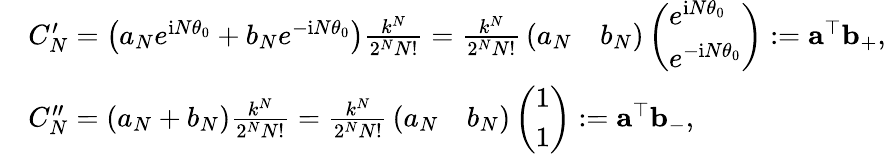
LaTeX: \begin{array}{rl}&{C_{N}^{\prime}=\left({a_{N}}{e^{\mathrm{i}N\theta_{0}}}+{b_{N}}{e^{-\mathrm{i}N\theta_{0}}}\right){\frac{{{k^{N}}}}{{{2^{N}}N!}}}={\frac{{{k^{N}}}}{{{2^{N}}N!}}}\left(\begin{array}{ll}{a_{N}}&{b_{N}}\end{array}\right)\left(\begin{array}{l}{e^{\mathrm{i}N\theta_{0}}}\\ {e^{-\mathrm{i}N\theta_{0}}}\end{array}\right):=\mathbf a^{\top}\mathbf b_{+},}\\ &{C_{N}^{\prime\prime}=\left({a_{N}}+{b_{N}}\right){\frac{{{k^{N}}}}{{{2^{N}}N!}}}={\frac{{{k^{N}}}}{{{2^{N}}N!}}}\left(\begin{array}{ll}{a_{N}}&{b_{N}}\end{array}\right)\left(\begin{array}{l}{1}\\ {1}\end{array}\right):=\mathbf a^{\top}\mathbf b_{-},}\end{array}